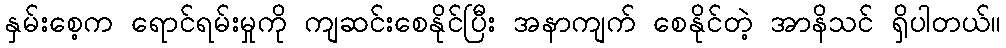
နှမ်းစေ့က ရောင်ရမ်းမှုကို ကျဆင်းစေနိုင်ပြီး အနာကျက် စေနိုင်တဲ့ အာနိသင် ရှိပါတယ်။